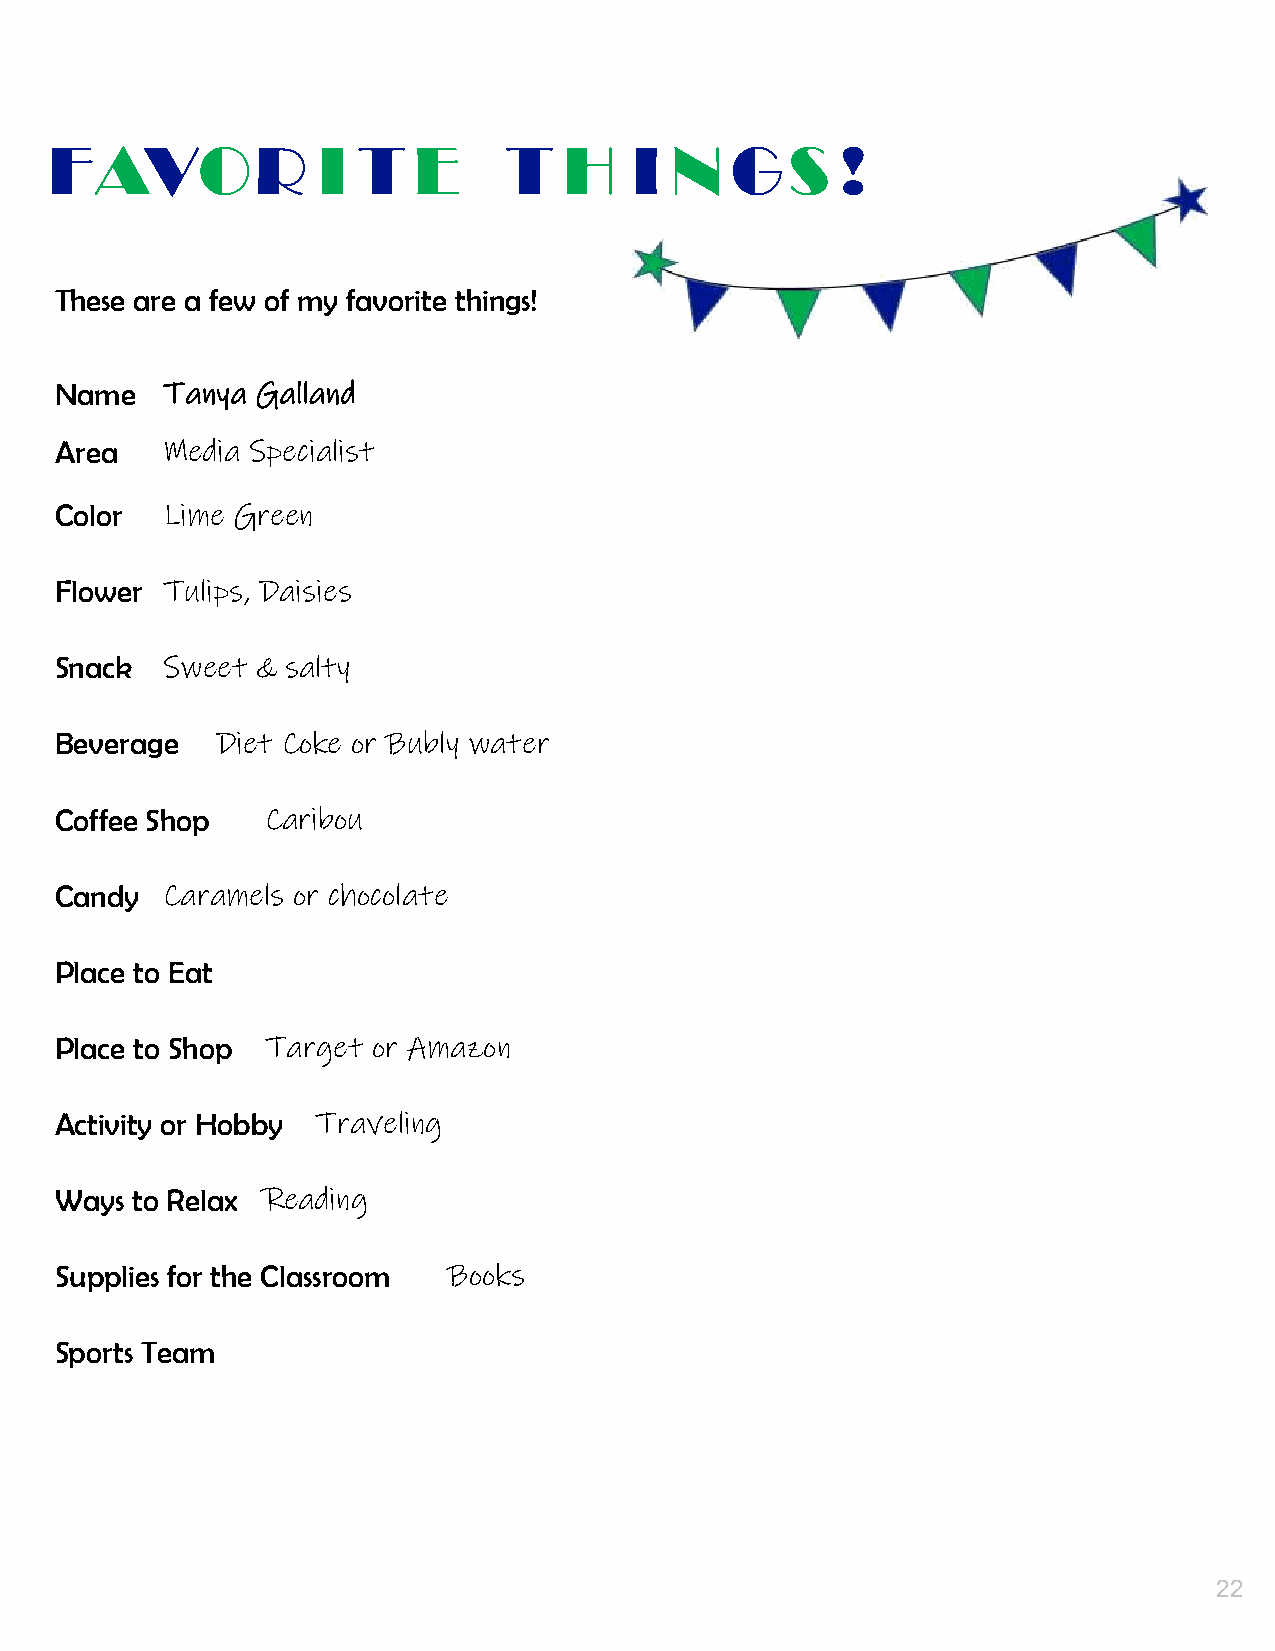
21
 FAVOR             I  T  E     T   H    I N   GS      !
 These are a few of my favorite things!
 Name   Tanya Galland
 Area   Media Specialist
 Color  Lime Green
 Flower Tulips, Daisies
 Snack  Sweet & salty
 Beverage  Diet Coke or Bubly water
 Coffee Shop   Caribou
 Candy  Caramels or chocolate
 Place to Eat
 Place to Shop Target or Amazon
 Activity or Hobby Traveling
 Ways to Relax Reading
 Supplies for the Classroom Books
 Sports Team
 22